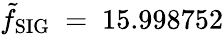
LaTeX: \tilde{f}_{\mathrm{SIG}}~=~15.998752